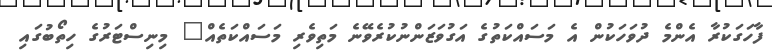
ފާހަގަކުރާ އެންމެ ދުވަހަކުން އެ މަސައްކަތުގެ އަގުވަޒަންނުކުރެވޭނެ މަތިވެރި މަސައްކަތެއް" މިނިސްޓަރުގެ ހިތޯބުގައި